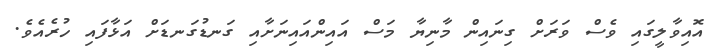
އޮއިވާލީގައި ވެސް ވަރަށް ގިނައިން މާނިޔާ މަސް އައިންއައިނަށާއި ގަނޑުގަނޑަށް އަޅާފައި ހުރެއެވެ.